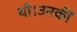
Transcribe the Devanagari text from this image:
थी।उनकीं